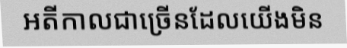
អតីកាលជាច្រើនដែលយើងមិន